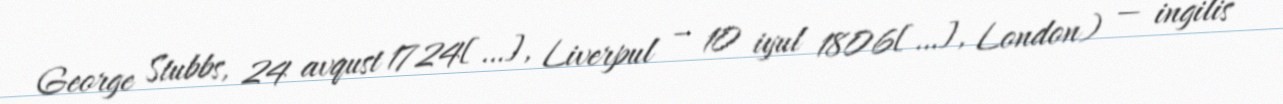
George Stubbs, 24 avqust 1724[…], Liverpul – 10 iyul 1806[…], London) — ingilis